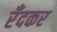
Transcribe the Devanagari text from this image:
रँदकर